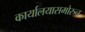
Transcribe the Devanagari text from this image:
कार्यालयासमोरुन